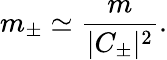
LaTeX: m_{\pm}\simeq\frac{m}{|C_{\pm}|^{2}}.